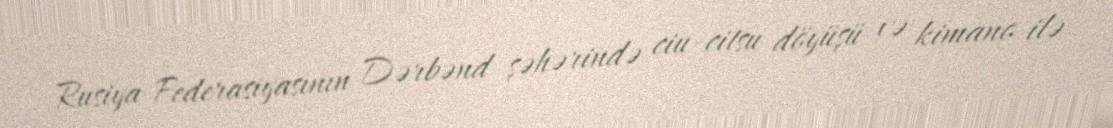
Rusiya Federasiyasının Dərbənd şəhərində ciu-citsu döyüşü və kimano ilə